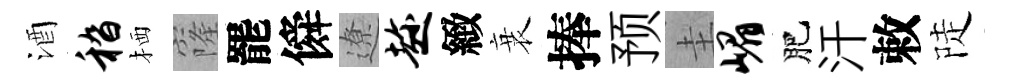
酒嵇栖窿罷僢遼趁緻衰捧预圭嵋肥汗敕陡